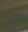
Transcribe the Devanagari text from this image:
दृशय